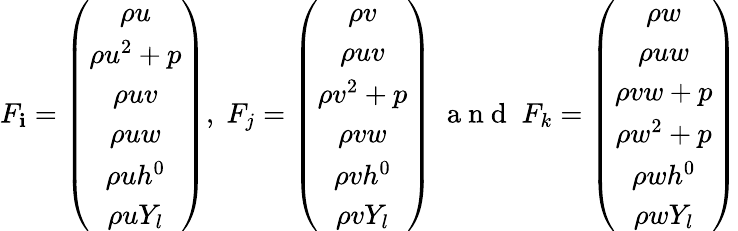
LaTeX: F_{\mathbf{i}}=\left(\begin{array}{c}{\rho{u}}\\ {\rho{u^{2}}+p}\\ {\rho{uv}}\\ {\rho{uw}}\\ {\rho{uh^{0}}}\\ {\rho{uY_{l}}}\end{array}\right),\; F_{j}=\left(\begin{array}{c}{\rho{v}}\\ {\rho{uv}}\\ {\rho{v^{2}}+p}\\ {\rho{vw}}\\ {\rho{vh^{0}}}\\ {\rho{vY_{l}}}\end{array}\right)\; \mathrm{{~a~n~d~}}\; F_{k}=\left(\begin{array}{c}{\rho{w}}\\ {\rho{uw}}\\ {\rho{vw}+p}\\ {\rho{w^{2}}+p}\\ {\rho{wh^{0}}}\\ {\rho{wY_{l}}}\end{array}\right)